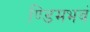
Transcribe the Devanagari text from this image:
ण्डिमभवं